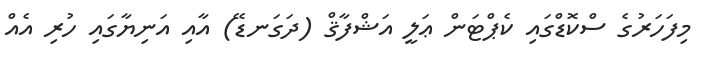
މިފަހަރުގެ ސްކޮޑްގައި ކެޕްޓަން ޢަލީ އަޝްފާޤް (ދަގަނޑޭ) އާއި އަނިޔާގައި ހުރި އެއް